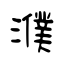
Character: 濮